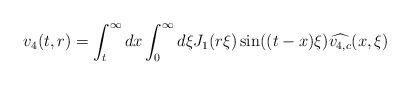
LaTeX: \begin{align*} v_{4}(t,r) = \int_{t}^{\infty} dx \int_{0}^{\infty} d\xi J_{1}(r\xi) \sin((t-x)\xi) \widehat{v_{4,c}}(x,\xi)\end{align*}